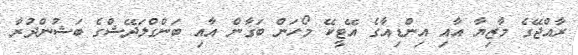
ރާއްޖޭގެ މާޒިޔާ އާއި އިންޑިއާގެ އޭޓީކޭ މޯހަން ބަގާން އާއި ބަންގްލަދޭޝްގެ ބަޝުންދުރާ